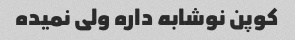
کوپن نوشابه داره ولی نمیده